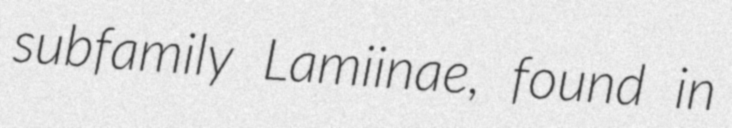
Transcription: subfamily Lamiinae, found in